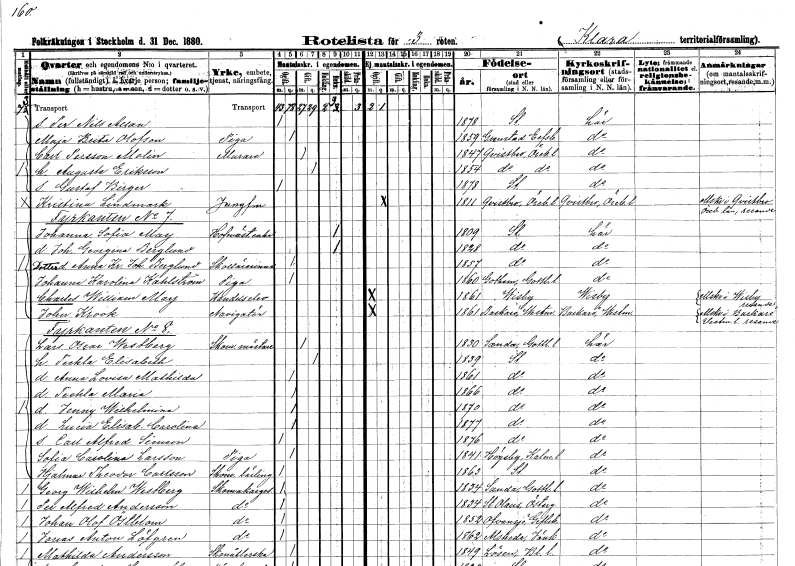
gt_parse: households: individuals: FN: Per Nils Allan
KON: M
CIV: O
FODAR: 1878
FODFORS: Stockholm
FN: Maja Brita
EN: Olofson
YRKE: Piga
KON: K
CIV: O
FODAR: 1859
FODFORS: Gestad Älvsborgs län
FN: Carl
EN: Persson Molin
YRKE: Murare
KON: M
CIV: G
FODAR: 1847
FODFORS: Kvistbro Örebro län
FN: Augusta
EN: Eriksson
KON: K
CIV: G
FODAR: 1854
FODFORS: Kvistbro Örebro län
FN: Gustaf Birger
KON: M
CIV: O
FODAR: 1878
FODFORS: Stockholm
FN: Kristina
EN: Lindmark
YRKE: Jungfru
KON: K
CIV: O
FODAR: 1811
FODFORS: Kvistbro Örebro län
FN: Johanna Sofia
EN: May
YRKE: Hovmästareänka
KON: K
CIV: E
FODAR: 1809
FODFORS: Stockholm
FN: Johanna Georgina
EN: Berglund
KON: K
CIV: E
FODAR: 1828
FODFORS: Stockholm
FN: Anna Kristina Johanna
EN: Berglund
YRKE: Skollärarinna
KON: K
CIV: O
FODAR: 1857
FODFORS: Stockholm
FN: Johanna Karolina
EN: Kahlström
YRKE: Piga
KON: K
CIV: O
FODAR: 1860
FODFORS: Gothem Gotlands län
FN: Charles William
EN: May
YRKE: Handelselev
KON: M
CIV: O
FODAR: 1861
FODFORS: Visby Gotlands län
FN: John
EN: Krook
YRKE: Navigatör
KON: M
CIV: O
FODAR: 1861
FODFORS: Barkarö Västmanlands län
FN: Lars Oscar
EN: Westberg
YRKE: Skomakarmäster
KON: M
CIV: G
FODAR: 1830
FODFORS: Sanda Gotlands län
FN: Teckla Elisabeth
KON: K
CIV: G
FODAR: 1839
FODFORS: Stockholm
FN: Anna Lovisa Mathilda
KON: K
CIV: O
FODAR: 1861
FODFORS: Stockholm
FN: Teckla Maria
KON: K
CIV: O
FODAR: 1866
FODFORS: Stockholm
FN: Jenny Wilhelmina
KON: K
CIV: O
FODAR: 1870
FODFORS: Stockholm
FN: Lucia Elisabet Carolina
KON: K
CIV: O
FODAR: 1877
FODFORS: Stockholm
FN: Carl Alfred Simeon
KON: M
CIV: O
FODAR: 1876
FODFORS: Stockholm
FN: Sofia Carolina
EN: Larsson
YRKE: Piga
KON: K
CIV: O
FODAR: 1841
FODFORS: Högsby Kalmar län
FN: Hjalmar Theodor
EN: Carlsson
YRKE: Skomakarelärling
KON: M
CIV: O
FODAR: 1863
FODFORS: Stockholm
FN: Georg Wilhelm
EN: Westberg
YRKE: Skomakaregesäll
KON: M
CIV: O
FODAR: 1834
FODFORS: Sanda Gotlands län
FN: Per Alfred
EN: Andersson
YRKE: Skomakaregesäll
KON: M
CIV: O
FODAR: 1834
FODFORS: Sankt Olai Norrköping Östergötlands län
FN: Johan Olof
EN: Östblom
YRKE: Skomakaregesäll
KON: M
CIV: O
FODAR: 1852
FODFORS: Ovansjö Gävleborgs län
FN: Jonas Anton
EN: Löfgren
YRKE: Skomakaregesäll
KON: M
CIV: O
FODAR: 1862
FODFORS: Alseda Jönköpings län
FN: Mathilda
EN: Andersson
YRKE: Skonåtlerska
KON: K
CIV: O
FODAR: 1849
FODFORS: Lösen Blekinge län